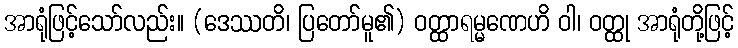
အာရုံဖြင့်သော်လည်း။ (ဒေဿတိ၊ ပြတော်မူ၏) ဝတ္ထာရမ္မဏေဟိ ဝါ၊ ဝတ္ထု အာရုံတို့ဖြင့်